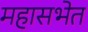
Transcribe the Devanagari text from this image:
महासभेत